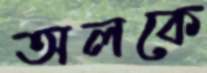
অলকে